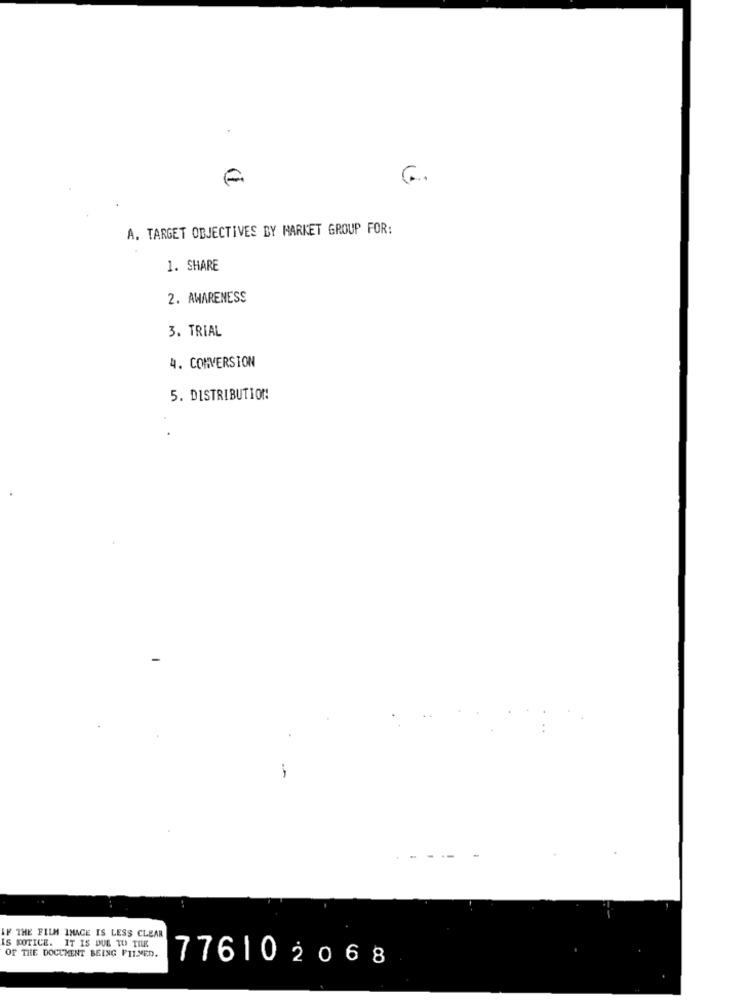
6.
A. TARGET OBJECTIVES BY MARKET GROUP FOR:
1. SHARE
2. AWARENESS
3. TRIAL
4. CONVERSION
5. DISTRIBUTION
IF THE FILM IMAGE IS LESS CLEAR
IS NOTICE. IT IS DUE TO THE
OF THE DOCUMENT BEING PITMED.
776102068